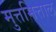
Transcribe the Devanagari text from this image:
मुत्तमित्ताल